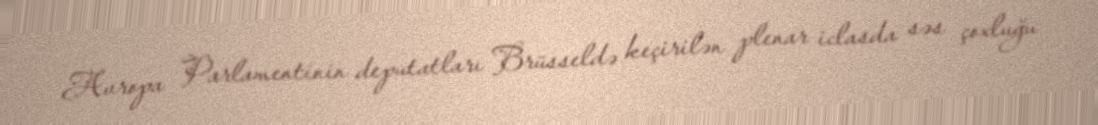
Avropa Parlamentinin deputatları Brüsseldə keçirilən plenar iclasda səs çoxluğu